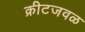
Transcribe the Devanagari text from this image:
क्रीटजवळ